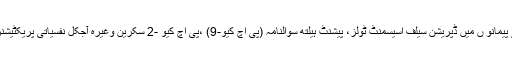
دیگر ڈپریشن ماپنے کے پیمانو ں میں ڈپریشن سیلف اسیسمنٹ ٹولز، پیشنٹ ہیلتھ سوالنامہ (پی اچ کیو-9) ،پی اچ کیو -2 سکرین وغیرہ آجکل نفسیاتی پریکٹیشنرز کے استعمال میں ہیں۔